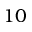
1 0